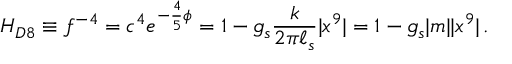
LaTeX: H _ { D 8 } \equiv f ^ { - 4 } = c ^ { 4 } e ^ { - { \frac { 4 } { 5 } } \phi } = 1 - g _ { s } { \frac { k } { 2 \pi \ell _ { s } } } | x ^ { 9 } | = 1 - g _ { s } | m | | x ^ { 9 } | \, .